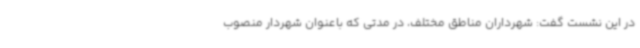
در این نشست گفت: شهرداران مناطق مختلف، در مدتی که باعنوان شهردار منصوب